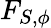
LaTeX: F_{S,\phi}